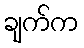
ချက်က